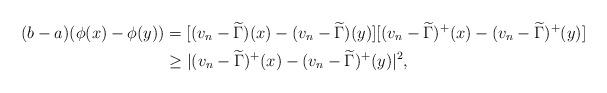
LaTeX: \begin{align*}(b-a)(\phi(x)-\phi(y))&=[(v_{n}-\widetilde{\Gamma})(x)-(v_{n}-\widetilde{\Gamma})(y)] [(v_{n}-\widetilde{\Gamma})^{+}(x)-(v_{n}-\widetilde{\Gamma})^{+}(y)] \\&\geq |(v_{n}-\widetilde{\Gamma})^{+}(x)-(v_{n}-\widetilde{\Gamma})^{+}(y)|^{2},\end{align*}